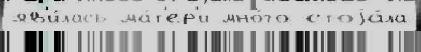
яв'и́лась ма́т'ер'и мно́го стоjа́ла